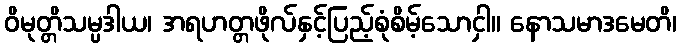
ဝိမုတ္တိသမ္ပဒါယ၊ အရဟတ္တဖိုလ်နှင့်ပြည့်စုံစိမ့်သောငှါ။ နောသမာဒမေတိ၊